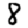
Digit: 8